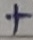
Text: +